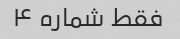
فقط شماره ۴